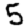
Digit: 5